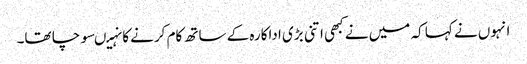
انہوں نے کہا کہ میں نے کبھی اتنی بڑی اداکارہ کے ساتھ کام کرنے کا نہیںسوچا تھا۔